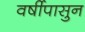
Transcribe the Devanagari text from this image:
वर्षीपासुन